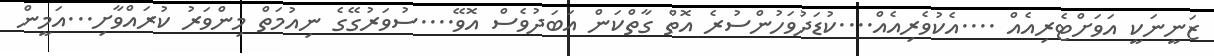
ޒަނީނަކީ އަވަށްޓެރިއެއް ....އެކުވެރިއެއް....ކުޑަދުވަހުންސުރެ އޮތް ގާތްކަން އަބަދުވެސް އޮވޭ....ސުވަރުގޭގެ ނިއުމަތް މިންވަރު ކުރައްވާށި...އަމީން